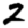
Digit: 2